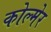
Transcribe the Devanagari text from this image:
कोल्मेर